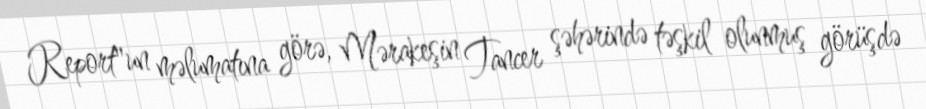
Report"un məlumatına görə, Mərakeşin Tancer şəhərində təşkil olunmuş görüşdə